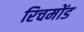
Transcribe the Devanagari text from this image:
रिचमोंड